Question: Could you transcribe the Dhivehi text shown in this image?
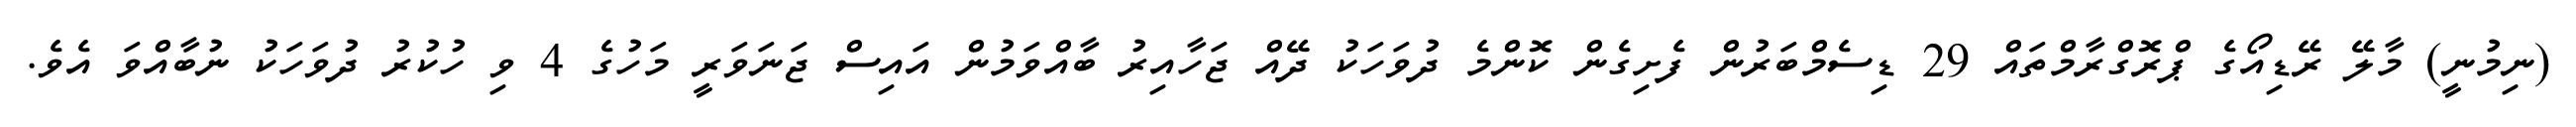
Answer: (ނިމުނީ) މާލޭ ރޭޑިއޯގެ ޕްރޮގްރާމްތައް 29 ޑިސެމްބަރުން ފެށިގެން ކޮންމެ ދުވަހަކު ދޭއް ޖަހާއިރު ބާއްވަމުން އައިސް ޖަނަވަރީ މަހުގެ 4 ވި ހުކުރު ދުވަހަކު ނުބާއްވަ އެވެ.